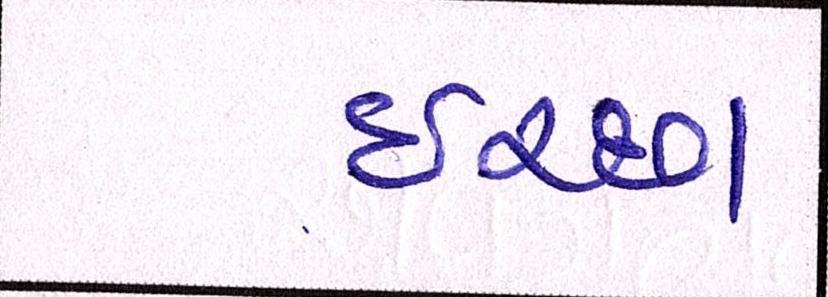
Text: ઈચ્છા